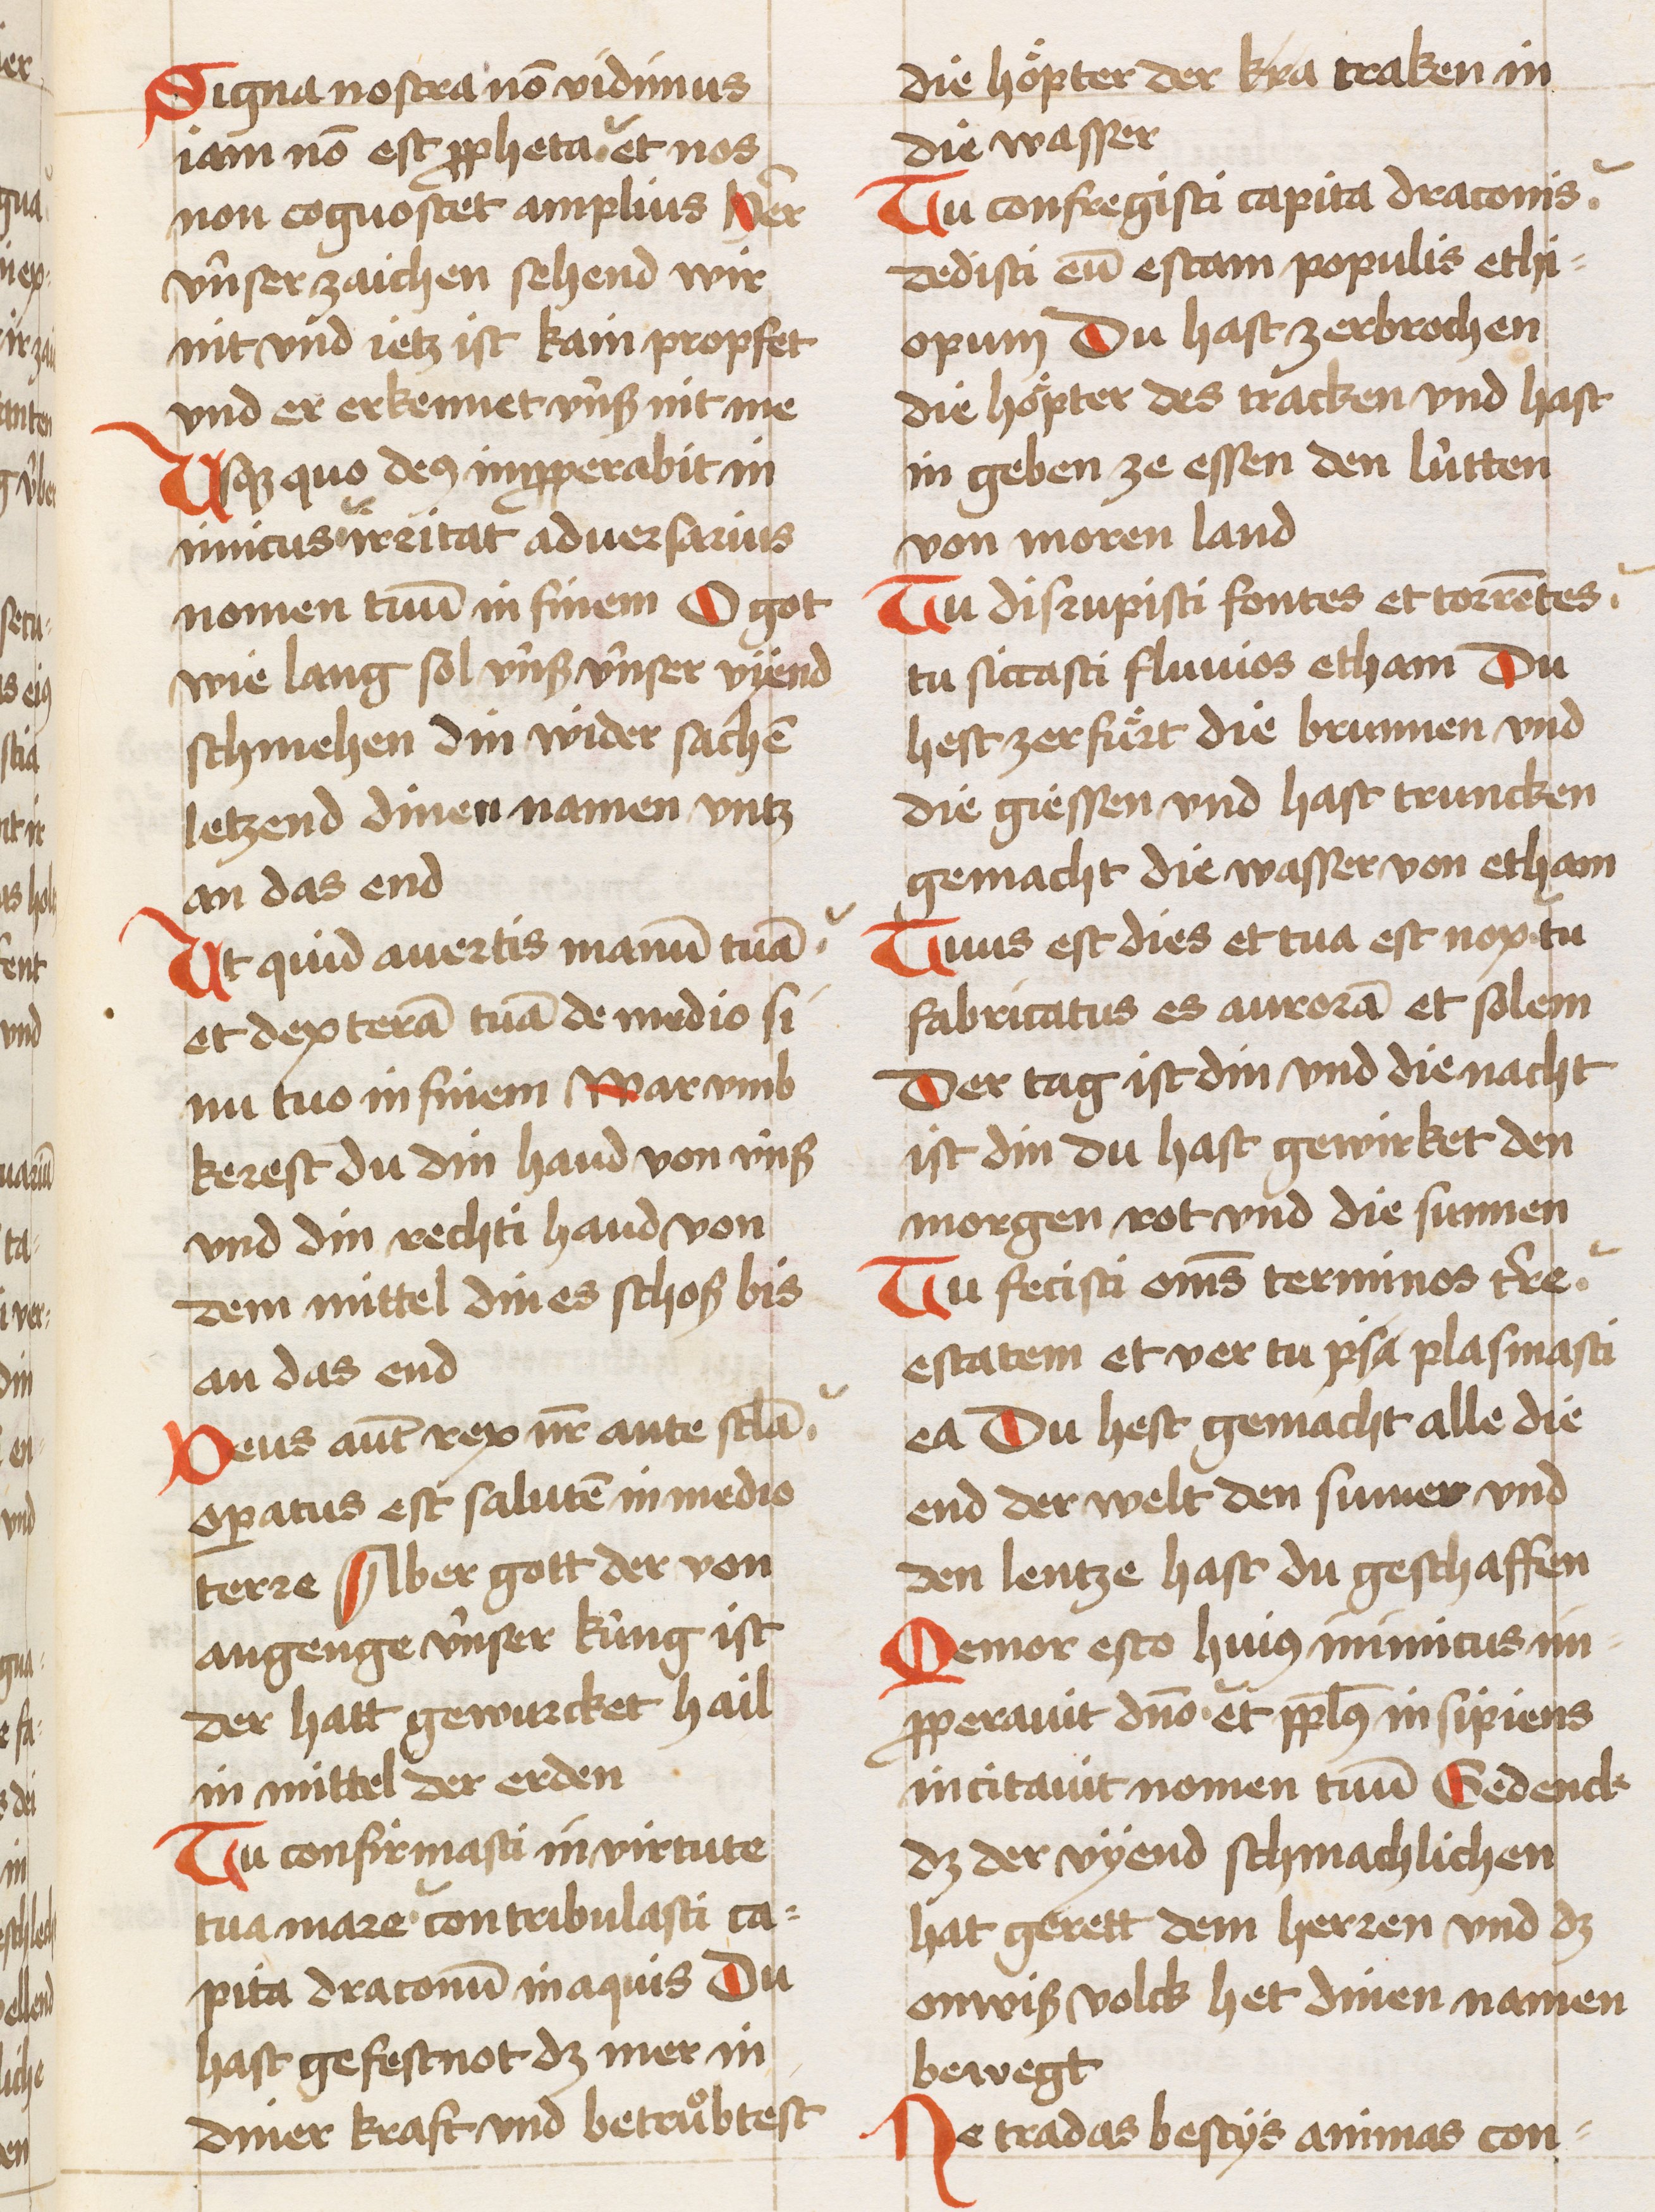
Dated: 1450–1499